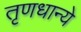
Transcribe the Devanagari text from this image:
तृणधान्ये